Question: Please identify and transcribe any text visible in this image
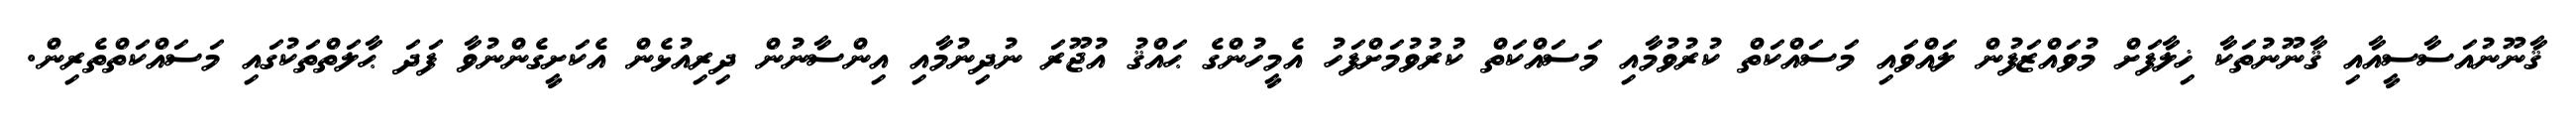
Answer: ޤާނޫނުއަސާސީއާއި ޤާނޫނުތަކާ ޚިލާފަށް މުވައްޒަފުން ލައްވައި މަސައްކަތް ކުރުވުމާއި މަސައްކަތް ކުރުވުމަށްފަހު އެމީހުންގެ ޙައްޤު އުޖޫރަ ނުދިނުމާއި އިންސާނުން ދިރިއުޅެން އެކަށީގެންނުވާ ފަދަ ޙާލަތްތަކުގައި މަސައްކަތްތެރިން.